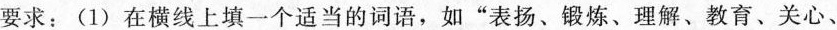
要求：(1)在横线上填一个适当的词语，如”表扬、锻炼、理解、教育、关心、